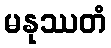
မနုဿတံ